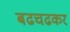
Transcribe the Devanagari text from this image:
बढचढकर